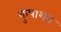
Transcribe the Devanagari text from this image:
कुषाशन